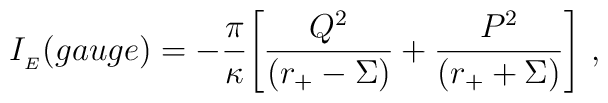
I_{\phantom{}_{E}}(gauge) = -\frac{\pi}{\kappa} \Biggl[\frac{Q^2}{(r_{+}-\Sigma)}  +\frac{P^2}{(r_{+}+\Sigma)} \Biggr] \ ,